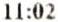
11:02